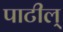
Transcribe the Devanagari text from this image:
पाटील्